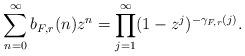
LaTeX: \begin{align*}\sum_{n=0}^{\infty} b_{F,r}(n) z^n = \prod_{j=1}^{\infty} (1-z^j)^{-\gamma_{F,r}(j)}.\end{align*}